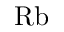
\mathrm { R b }